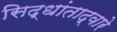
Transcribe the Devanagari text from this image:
सिद्धांताद्वारे